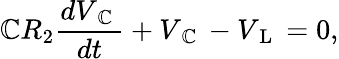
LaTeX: \mathbb{C}R_{2}\frac{{dV_{\mathrm{{~\mathbb{C}~}}}}}{{dt}}+V_{\mathrm{{~\mathbb{C}~}}}-V_{\mathrm{{~L~}}}=0,